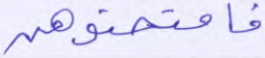
فامتحنوهن